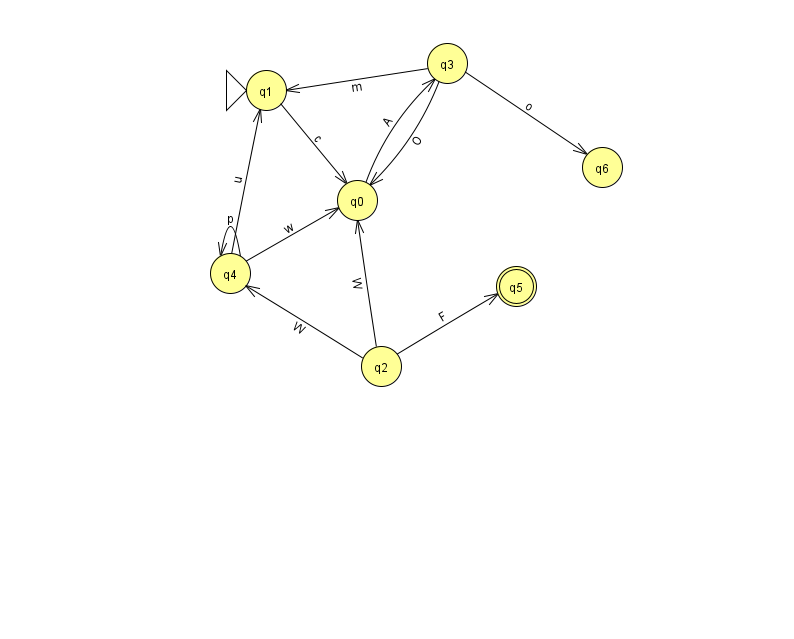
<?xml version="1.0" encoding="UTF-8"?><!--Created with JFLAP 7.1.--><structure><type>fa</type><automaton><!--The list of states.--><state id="0" name="q0"><x>357.0</x><y>187.0</y></state><state id="1" name="q1"><x>266.0</x><y>77.0</y><initial/></state><state id="2" name="q2"><x>381.0</x><y>353.0</y></state><state id="3" name="q3"><x>447.0</x><y>50.0</y></state><state id="4" name="q4"><x>230.0</x><y>260.0</y></state><state id="5" name="q5"><x>516.0</x><y>273.0</y><final/></state><state id="6" name="q6"><x>602.0</x><y>154.0</y></state><!--The list of transitions.--><transition><from>3</from><to>1</to><read>m</read></transition><transition><from>4</from><to>4</to><read>p</read></transition><transition><from>0</from><to>3</to><read>A</read></transition><transition><from>2</from><to>4</to><read>W</read></transition><transition><from>4</from><to>1</to><read>u</read></transition><transition><from>2</from><to>5</to><read>F</read></transition><transition><from>3</from><to>6</to><read>o</read></transition><transition><from>3</from><to>0</to><read>O</read></transition><transition><from>1</from><to>0</to><read>c</read></transition><transition><from>2</from><to>0</to><read>W</read></transition><transition><from>4</from><to>0</to><read>w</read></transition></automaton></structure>